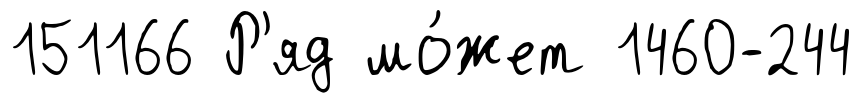
151166 Р'яд мо́жет 1460-244